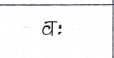
मजकूर: वः